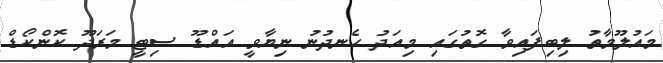
މައުލޫމާތު ލިބިފައިވާ ގޮތުގައި މިއަދު ހެނދުނު ނިޔާވީ އައްޑޫ ސިޓީ މަރަދޫ ކޮންކޯޑް